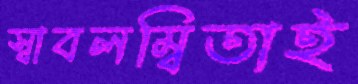
স্বাবলম্বিতাই